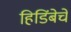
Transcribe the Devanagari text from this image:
हिडिंबेचे